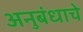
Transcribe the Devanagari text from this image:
अनुबंधाचे